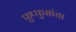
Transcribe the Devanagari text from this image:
फुप्फुसांचा